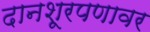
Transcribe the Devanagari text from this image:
दानशूरपणावर